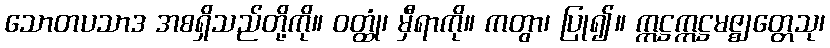
သောတပသာဒ အစရှိသည်တို့ကို။ ဝတ္ထုံ၊ မှီရာကို။ ကတွာ၊ ပြု၍။ ဣဋ္ဌဣဋ္ဌမဇ္ဈတ္တေသု၊